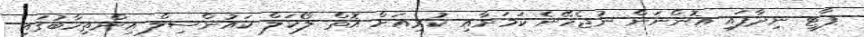
ޕާޓީ ނިދާފައި އޮންނަން ނުޖެހޭނެ ކަމަށާއި ކުރިއަށް އޮތް ލޯކަލް ކައުންސިލް އިންތިހާބުގައި